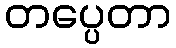
တပ္ပေတာ